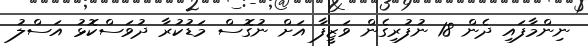
ނިންމާފައި ދެން 18 ނުފުރިގެން ވަޒީފާ އަށް ނުގޮސް މަޑުކުރާ ދުވަސްކޮޅު އަސްލު